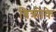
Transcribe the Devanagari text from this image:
बिक्रीके